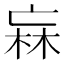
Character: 𭪑